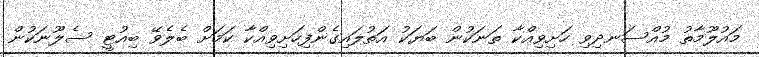
މައުލޫމާތު މުއްސަނދިވި ހަށިވިއްކާ ތަނަކުން ބަޔަކު އަތުލައިގެންފިހަށިވިއްކާ ކަމަށް ބެލެވޭ ބިއުޓީ ސެލޫނަކުން